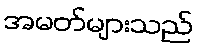
အမတ်များသည်